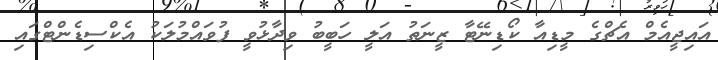
އައިޖީއެމް އެޗްގެ މީޑިއާ ކޯޑިނޭޓާ ޒީނަތު އަލީ ހަބީބު ވިދާޅުވީ ފުވައްމުލަކު އެކްސިޑެންޓްގައި